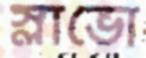
স্লাভো